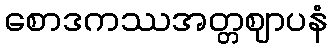
စောဒကဿအတ္တဈာပနံ